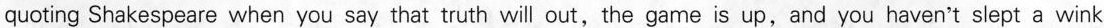
quoting Shakespeare when you say that truth will out,the game is up,and you haven't slept a wink